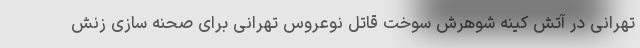
تهرانی در آتش کینه شوهرش سوخت قاتل نوعروس تهرانی برای صحنه سازی زنش